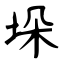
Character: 垛